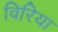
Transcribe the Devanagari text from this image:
विरिया